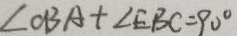
\angle C B A + \angle E B C = 9 0 ^ { \circ }